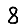
Digit: 8